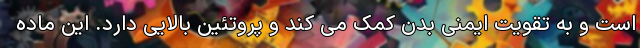
است و به تقویت ایمنی بدن کمک می کند و پروتئین بالایی دارد. این ماده